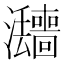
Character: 𱪚